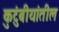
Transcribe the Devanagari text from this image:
कुटुंबीयांतील